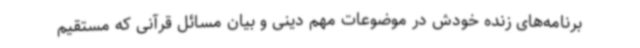
برنامه‌های زنده خودش در موضوعات مهم دینی و بیان مسائل قرآنی که مستقیم